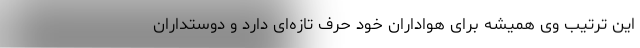
این ترتیب وی همیشه برای هواداران خود حرف تازه‌ای دارد و دوستداران